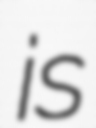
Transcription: is